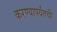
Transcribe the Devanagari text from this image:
करण्यापर्यंतची